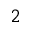
_ 2